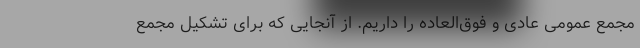
مجمع عمومی عادی و فوق‌العاده را داریم. از آنجایی که برای تشکیل مجمع